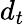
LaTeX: d_{t}